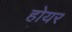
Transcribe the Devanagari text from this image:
होयर